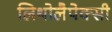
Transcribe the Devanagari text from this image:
लिथोलैपेक्सी